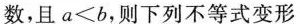
数，且$$a < b$$，则下列不等式变形